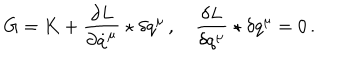
LaTeX: G = K + \frac { \partial L } { \partial \dot { q } ^ { \mu } } \star \delta q ^ { \mu } \, , \quad \frac { \delta L } { \delta q ^ { \mu } } \star \delta q ^ { \mu } = 0 \, .